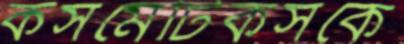
কসমেটিকসকে